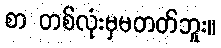
စာ တစ်လုံးမှမတတ်ဘူး။